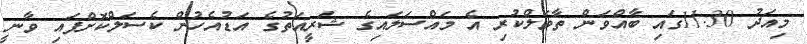
މިއަދު 11:30ގައި ބާއްވަން ތާވަލްކުރި އެ މައްސަލައިގެ ޝަރީއަތުގެ އަޑުއެހުން ކެސަލްކޮށްފައި ވާނީ